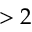
> 2